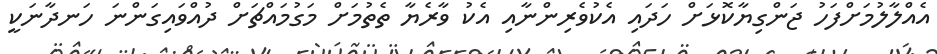
އެއްލާލުމަށްފަހު ޖަންގިޔާކޮޅަށް ހަދައި އެކުވެރިންނާއި އެކު ވާރެޔާ ތެތުމަށް މަގުމައްޗަށް ދުއްވައިގަންނަ ހަނދާނަކީ